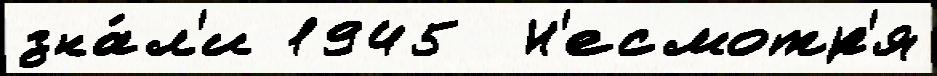
зна́л'и 1945  Н'есмотр'я